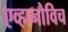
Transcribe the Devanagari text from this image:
एव्हानोविच